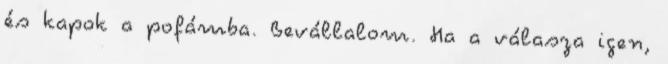
és kapok a pofámba. Bevállalom. Ha a válasza igen,